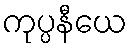
ကုပ္ပနီယေ